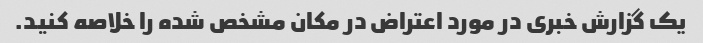
یک گزارش خبری در مورد اعتراض در مکان مشخص شده را خلاصه کنید.